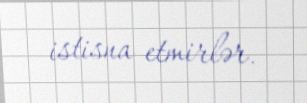
istisna etmirlər.